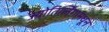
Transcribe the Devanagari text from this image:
ज्योतिर्लिंगामधून